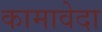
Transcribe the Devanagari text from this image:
कामावेदा